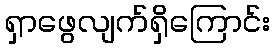
ရှာဖွေလျက်ရှိကြောင်း